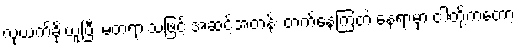
လုယက်ခိုးယူပြီး မတရားသဖြင့် အဆင့်အတန်း တက်နေကြတဲ့ နေရာမှာ ငါတို့ကတော့